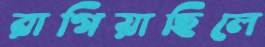
রাগিয়াছিলে